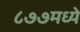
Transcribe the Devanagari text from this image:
८७७मध्ये